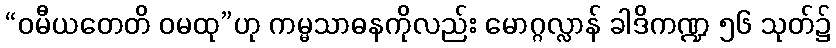
“ဝမီယတေတိ ဝမထု”ဟု ကမ္မသာဓနကိုလည်း မောဂ္ဂလ္လာန် ခါဒိကဏ္ဍ ၅၆ သုတ်၌